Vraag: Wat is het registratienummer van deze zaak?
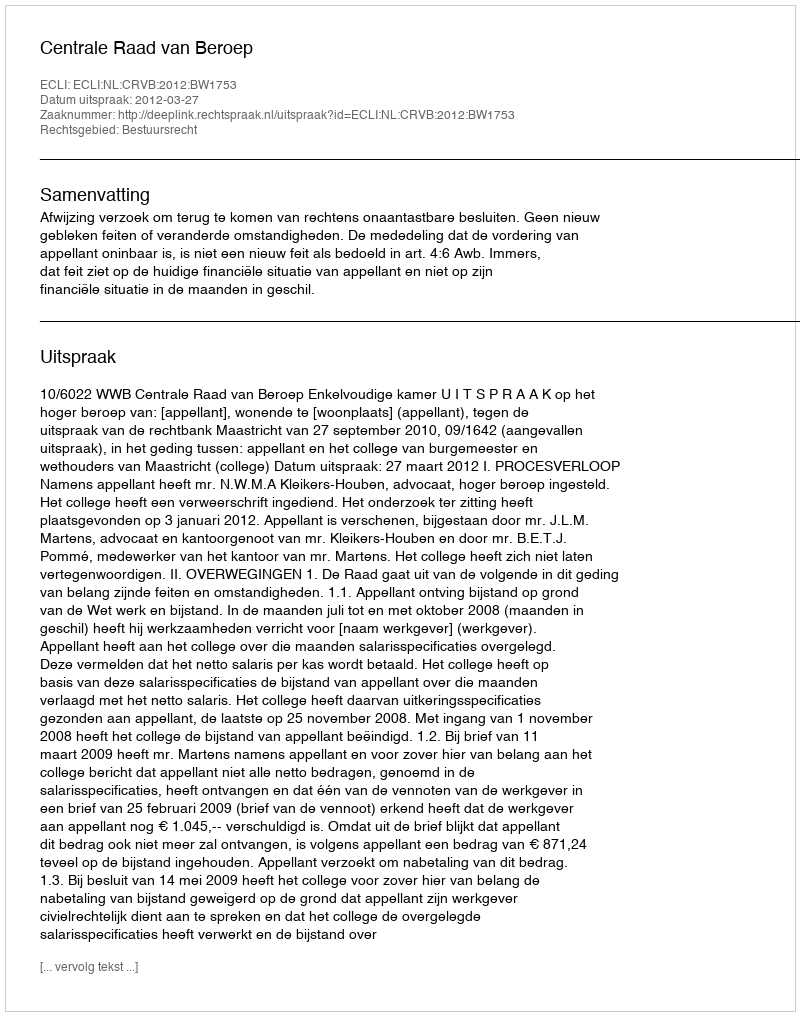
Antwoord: http://deeplink.rechtspraak.nl/uitspraak?id=ECLI:NL:CRVB:2012:BW1753